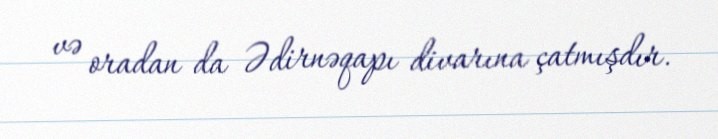
və oradan da Ədirnəqapı divarına çatmışdır.